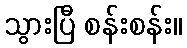
သွားပြီ စန်းစန်း။